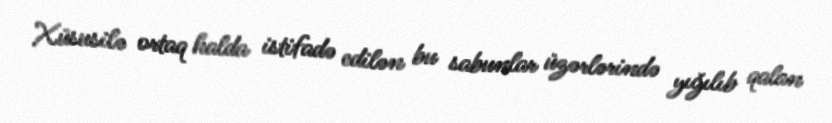
Xüsusilə ortaq halda istifadə edilən bu sabunlar üzərlərində yığılıb qalan